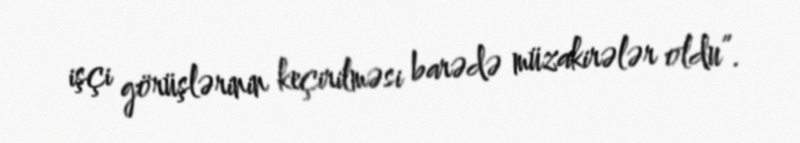
işçi görüşlərinin keçirilməsi barədə müzakirələr oldu”.